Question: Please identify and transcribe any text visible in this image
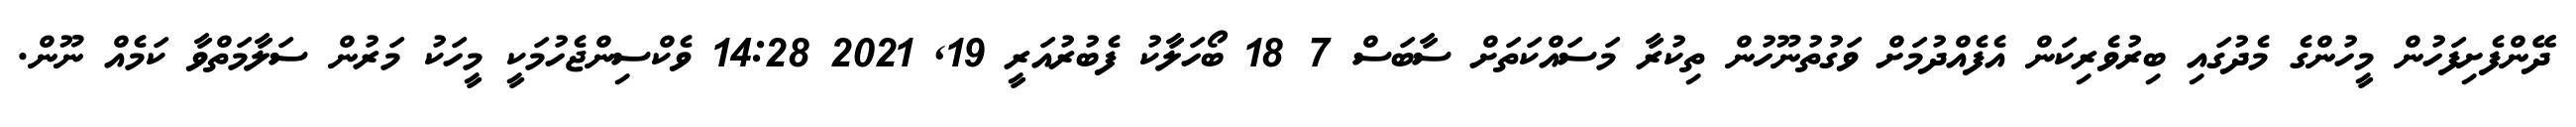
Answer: ދޭންފެށިފަހުން މީހުންގެ މެދުގައި ބިރުވެރިކަން އެފެއްދުމަށް ވަގުތުނޫހުން ތިކުރާ މަސައްކަތަށް ސާބަސް 7 18 ބޯހަލާކު ފެބުރުއަރީ 19, 2021 14:28 ވެކްސިންޖެހުމަކީ މީހަކު މަރުން ސަލާމަތްވާ ކަމެއް ނޫން.